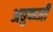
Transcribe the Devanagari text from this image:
अबुफजी